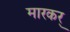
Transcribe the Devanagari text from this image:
मारकर्